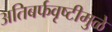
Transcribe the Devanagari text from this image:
अतिबर्फवृष्टीमुळे